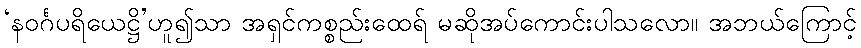
‘နဝင်္ဂပရိယေဋ္ဌိ’ဟူ၍သာ အရှင်ကစ္စည်းထေရ် မဆိုအပ်ကောင်းပါသလော။ အဘယ်ကြောင့်